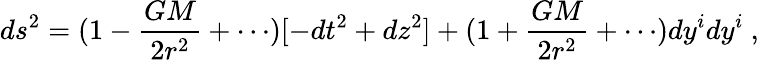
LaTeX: ds^{2}=(1-{\frac{GM}{2r^{2}}}+\cdots)[-dt^{2}+dz^{2}]+(1+{\frac{GM}{2r^{2}}}+\cdots)dy^{i}dy^{i}\ ,